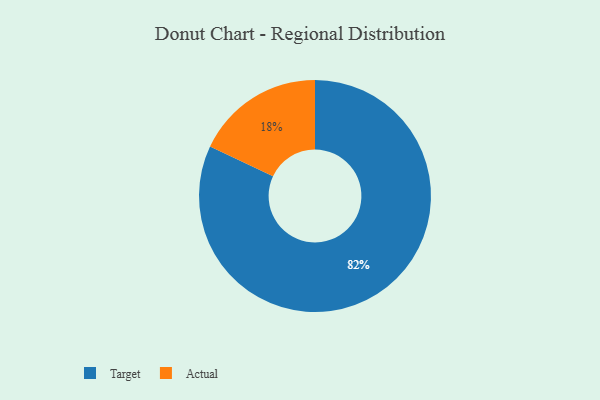
{"axis": {"x": "Category", "y": "Percentage"}, "legend": ["Actual", "Target"], "data": [{"x": "Target", "y": 82, "type": "Target"}, {"x": "Actual", "y": 18, "type": "Actual"}]}